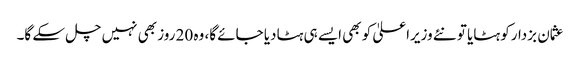
عثمان بزدارکو ہٹایا تو نئے وزیراعلیٰ کو بھی ایسے ہی ہٹادیا جائے گا، وہ 20 روز بھی نہیں چل سکے گا۔